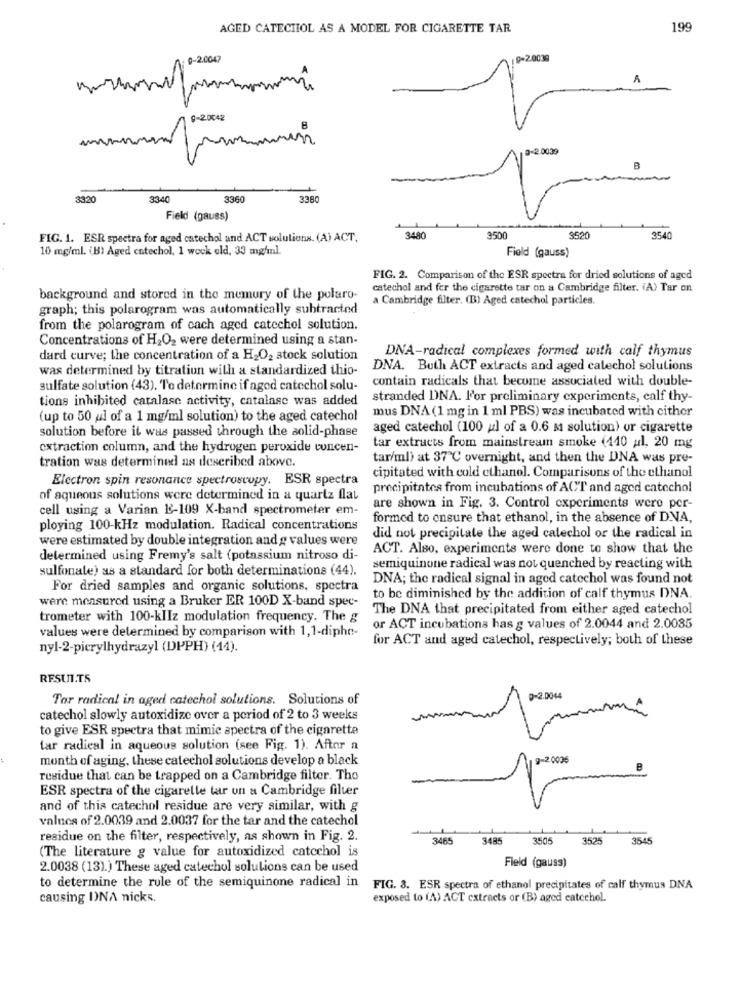
AGED CATECHOL AS A MODEL FOR CIGARETTE TAR
19
9-2.0047
7-2.000
18-20048
2 0039
3320
334
3360
3380
Field (gauss)
FIG. 1. ESR spectra for aged catechol and ACT solutions. (A) ACT,
3480
3500
$520
3540
10 mg/ml. (B) Aged catechol, 1 wock eld, 33 mg/ml.
Field (gauss)
FIG. 2. Comparison of the ESR spectra for dried solutions of aged
catechol and for the cigarette tar on a Cambridge filter. (A) Tar on
background and stored in the memory of the polaro-
a Cambridge filter. (B) Aged catechol particles.
graph; this polarogram was automatically subtracted
from the polarogram of cach aged catechol solution.
Concentrations of H2O2 were determined using a stan-
DNA-radical complexes formed with calf thymus
dard curve; the concentration of a H2O2 stock solution
was determined by titration will a standardized thio-
DNA. Buth ACT extracts and aged catechol solutions
contain radicals that become associated with double-
sulfate solution (43). To determine if aged catechol solu-
tions inhibited catalase activity, catalase was added
stranded DNA. l'or preliminary experiments, calf thy-
mus DNA (1 mg in 1 ml PBS) was incubated with cithor
(up to 50 ul of a 1 mg/ml solution) to the aged catechol
solution before it was passed through the solid-phase
aged catechol (100 u] of a 0.6 M solution) or cigarette
extraction column, and the hydrogen peroxide concen-
tar extracts from mainstream smoke (110 al, 20 mg
tration was determined as described above.
tar/ml) at 37℃ overnight, and then the DNA was pre-
Electron spin resonance spectroscopy. ESR spectra
cipitated with cold ethanol. Comparisons of the ethanol
precipitates from incubations of ACT and aged catechol
of aqueous solutions were determined in a quartz flat
cell using a Varian E-109 X-band spectrometer em-
are shown in Fig. 3. Control experiments were per-
formed to ensure that ethanol, in the absence of DNA,
ploying 100-kHz modulation. Radical concentrations
were estimated by double integration and g values were
did not precipitate the aged catechol or the radical in
ACT. Also, experiments were done to show that the
determined using Fremy's salt (potassium nitroso di-
sulfonate) as a standard for both determinations (44).
semiquinone radical was not quenched by reacting with
DNA; the radical signal in aged catechol was found not
For dried samples and organic solutions, spectra
were measured using a Bruker ER 100D X-band spec-
to be diminished by the addition of calf thymus DNA.
The DNA that precipitated from either aged catechol
trometer with 100-klIz modulation frequency. The g
values were determined by comparison with 1,1-diphe-
or ACT incubations has g values of 2.0044 and 2.0085
for ACT and aged catechol, respectively; both of these
nyl-2-pierylhydrazyl (DPPH) (14).
RESULTS
Tor radical in aged catechol solutions. Solutions of
9-2.0044
catechol slowly autoxidize over a period of 2 to 3 weeks
to give ESR spectra that mimic spectra of the cigarette
tar radical in aqueous solution (see Fig. 1). After a
month of aging, these catechol solutions develop a black
9-20005
residue that can be trapped on a Cambridge filter. The
ESR spectra of the cigarette tar un a Cambridge filter
and of this catechol residue are very similar, with g
values of 2.0039 and 2.0037 for the tar and the catechol
residue on the filter, respectively, as shown in Fig. 2.
3485
3485
3505
3525
3545
(The literature g value for autoxidized catechol is
Field (gauss)
2.0038 (13).) These aged catechol solutions can be used
to determine the rule of the semiquinone radical in
FIG. 3. ESR spectra of ethanol precipitates of calf thymus DNA
causing INA nicks.
exposed to (4) ACT extracts or (B) aged catechol.